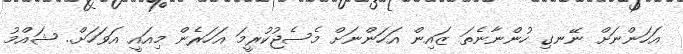
އަހަންނަށް ނޭނގި ހުންނާނެތަ ޒައިން އަހަންނަށް މެސެޖުކުރީމަ އަހަރެން މިއައީ އަވަހަށް.. ޝައްމު